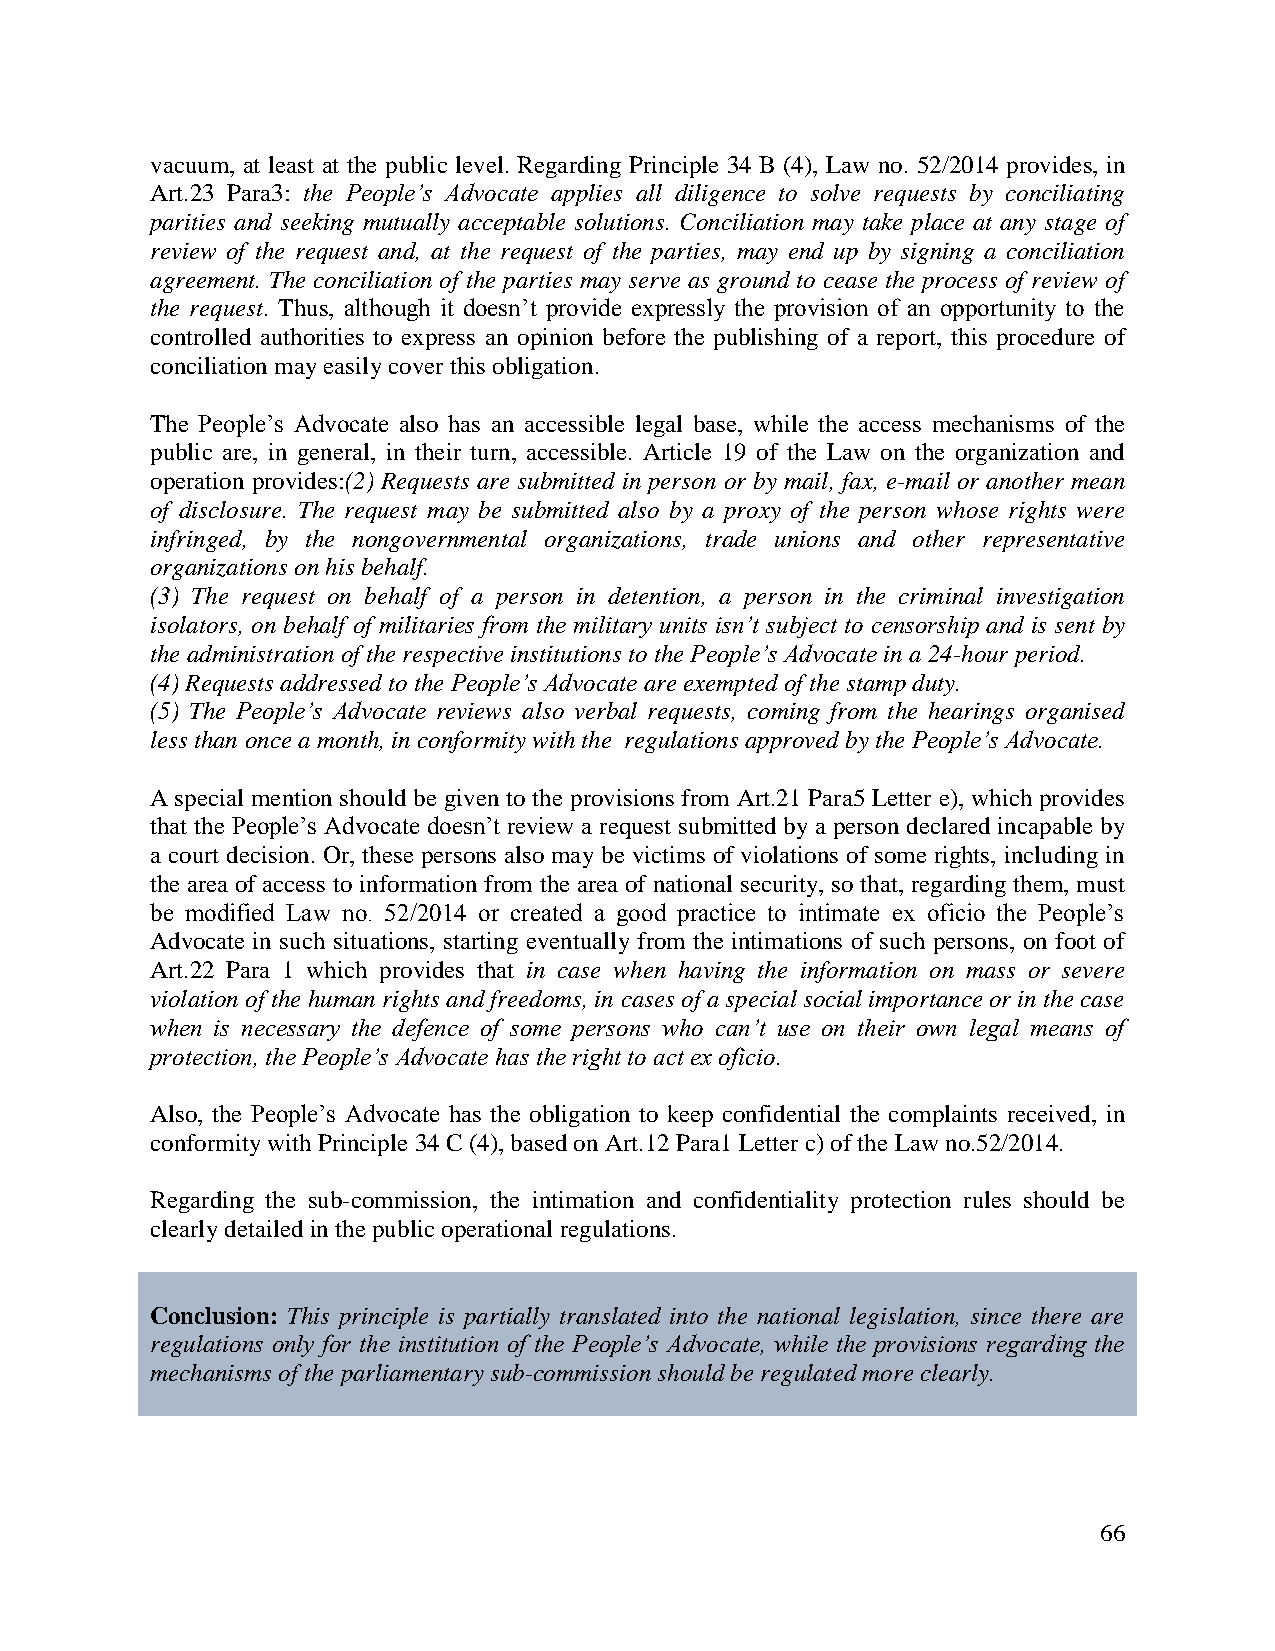
vacuum, at least at the public level. Regarding Principle 34 B (4), Law no. 52/2014 provides, in
 Art.23 Para3: the People’s Advocate applies all diligence to solve requests by conciliating
 parities and seeking mutually acceptable solutions. Conciliation may take place at any stage of
 review of the request and, at the request of the parties, may end up by signing a conciliation
 agreement. The conciliation of the parties may serve as ground to cease the process of review of
 the request. Thus, although it doesn’t provide expressly the provision of an opportunity to the
 controlled authorities to express an opinion before the publishing of a report, this procedure of
 conciliation may easily cover this obligation.
 The People’s Advocate also has an accessible legal base, while the access mechanisms of the
 public are, in general, in their turn, accessible. Article 19 of the Law on the organization and
 operation provides:(2) Requests are submitted in person or by mail, fax, e-mail or another mean
 of disclosure. The request may be submitted also by a proxy of the person whose rights were
 infringed, by the nongovernmental organizations, trade unions and other representative
 organizations on his behalf.
 (3) The request on behalf of a person in detention, a person in the criminal investigation
 isolators, on behalf of militaries from the military units isn’t subject to censorship and is sent by
 the administration of the respective institutions to the People’s Advocate in a 24-hour period.
 (4) Requests addressed to the People’s Advocate are exempted of the stamp duty.
 (5) The People’s Advocate reviews also verbal requests, coming from the hearings organised
 less than once a month, in conformity with the regulations approved by the People’s Advocate.
 A special mention should be given to the provisions from Art.21 Para5 Letter e), which provides
 that the People’s Advocate doesn’t review a request submitted by a person declared incapable by
 a court decision. Or, these persons also may be victims of violations of some rights, including in
 the area of access to information from the area of national security, so that, regarding them, must
 be modified Law no. 52/2014 or created a good practice to intimate ex oficio the People’s
 Advocate in such situations, starting eventually from the intimations of such persons, on foot of
 Art.22 Para 1 which provides that in case when having the information on mass or severe
 violation of the human rights and freedoms, in cases of a special social importance or in the case
 when is necessary the defence of some persons who can’t use on their own legal means of
 protection, the People’s Advocate has the right to act ex oficio.
 Also, the People’s Advocate has the obligation to keep confidential the complaints received, in
 conformity with Principle 34 C (4), based on Art.12 Para1 Letter c) of the Law no.52/2014.
 Regarding the sub-commission, the intimation and confidentiality protection rules should be
 clearly detailed in the public operational regulations.
 Conclusion: This principle is partially translated into the national legislation, since there are
 regulations only for the institution of the People’s Advocate, while the provisions regarding the
 mechanisms of the parliamentary sub-commission should be regulated more clearly.
 66